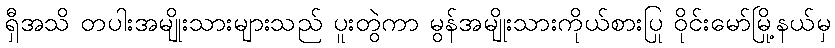
ရှီအသိ တပါးအမျိုးသားများသည် ပူးတွဲကာ မွန်အမျိုးသားကိုယ်စားပြု ဝိုင်းမော်မြို့နယ်မှ